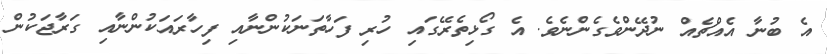
އެ ބުނާ އެއްޗެއް ނުދޭންވެގެންނެވެ. އެ ގޯޅިތެރޭގައި ހުރި ފަހާތަނަކުންނާއި ފިހާރައަކުންނާއި ގަރާޖަކުން